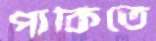
পাকিতে